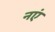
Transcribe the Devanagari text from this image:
नएं